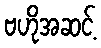
ဗဟိုအဆင့်